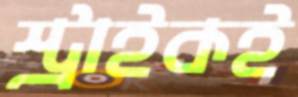
স্ট্রাইকই